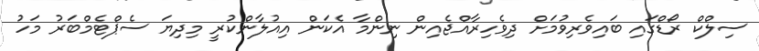
ސިލްކް ރޯޑްގައި ބައިވެރިވުމަށް ދިވެހިރާއްޖެއިން ނިންމާ އެކަން އިއުލާންކުރީ މިދިޔަ ސެޕްޓެމްބަރު މަހު